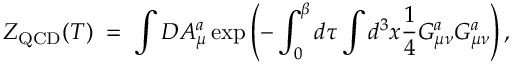
Z _ { \mathrm { Q C D } } ( T ) \; = \; \int { \cal D } A _ { \mu } ^ { a } \exp \left( - \int _ { 0 } ^ { \beta } d \tau \int d ^ { 3 } x { \frac { 1 } { 4 } } G _ { \mu \nu } ^ { a } G _ { \mu \nu } ^ { a } \right) ,